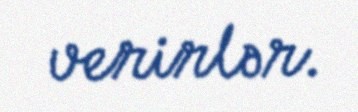
verirlər.